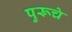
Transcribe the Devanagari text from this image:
पुरूचे